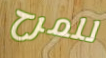
للمرح